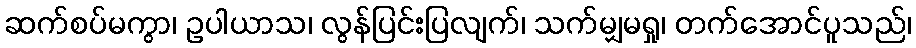
ဆက်စပ်မကွာ၊ ဥပါယာသ၊ လွန်ပြင်းပြလျက်၊ သက်မျှမရှု၊ တက်အောင်ပူသည်၊